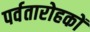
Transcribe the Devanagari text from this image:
पर्वतारोहकों